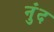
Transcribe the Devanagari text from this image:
नुंद